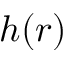
h ( r )